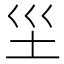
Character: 𱖉